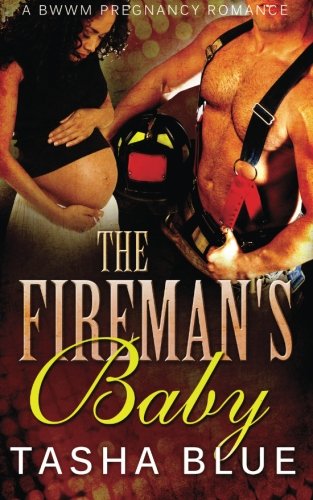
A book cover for The Fireman's Baby; Tasha Blue; Romance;